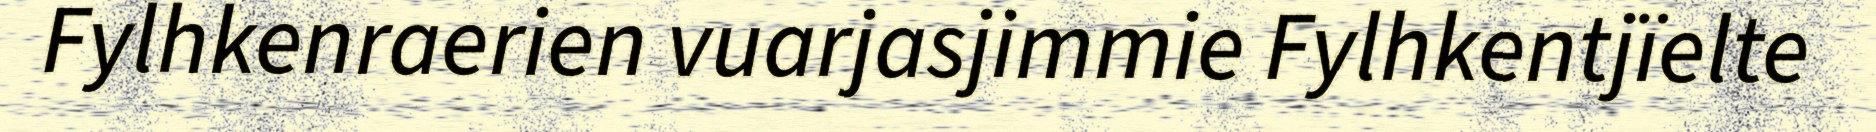
Fylhkenraerien vuarjasjimmie Fylhkentjïelte